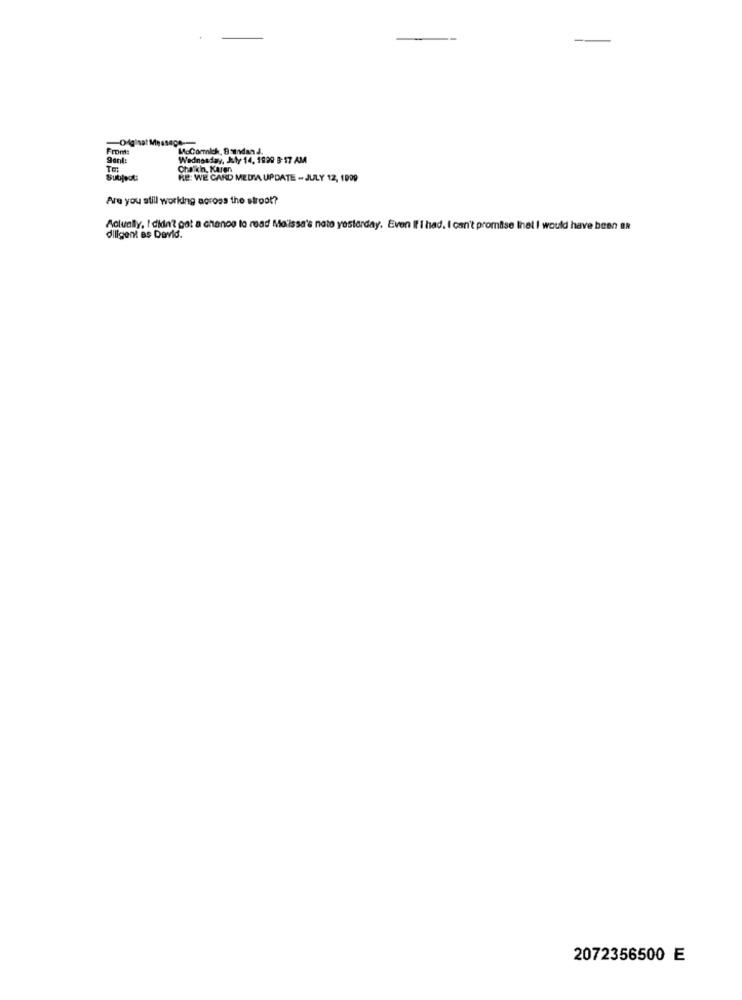
Digisat Mes
From:
MoCornich, BoIndan J.
9anl:
Wednesday, July 14, 1999 3: 17 AM
Chalkin, Karen
Subject
RE: WE CARD MEDIA UPDATE - JULY 12, 1999
Are you still working across the stroot?
Actually, I didn't get a chance to read Maissa's note yesterday. Even If I had. I can't promise inel I would have been an
diligent as David.
2072356500 E